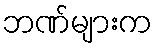
ဘဏ်များက